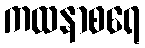
ကထနာစရေ